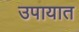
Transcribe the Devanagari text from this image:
उपायात